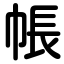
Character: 帳